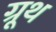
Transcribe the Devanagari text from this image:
ग्रूथ